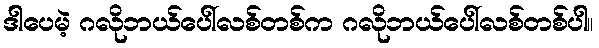
ဒါပေမဲ့ ဂလိုဘယ်ပေါ်လစ်တစ်က ဂလိုဘယ်ပေါ်လစ်တစ်ပါ။